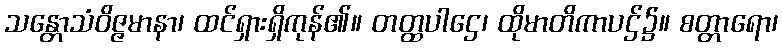
သန္တောသံဝိဇ္ဇမာနာ၊ ထင်ရှားရှိကုန်၏။ တတ္ထပါဌေ၊ ထိုမာတိကာပဌ်၌။ စတ္တာရော၊